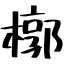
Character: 槨